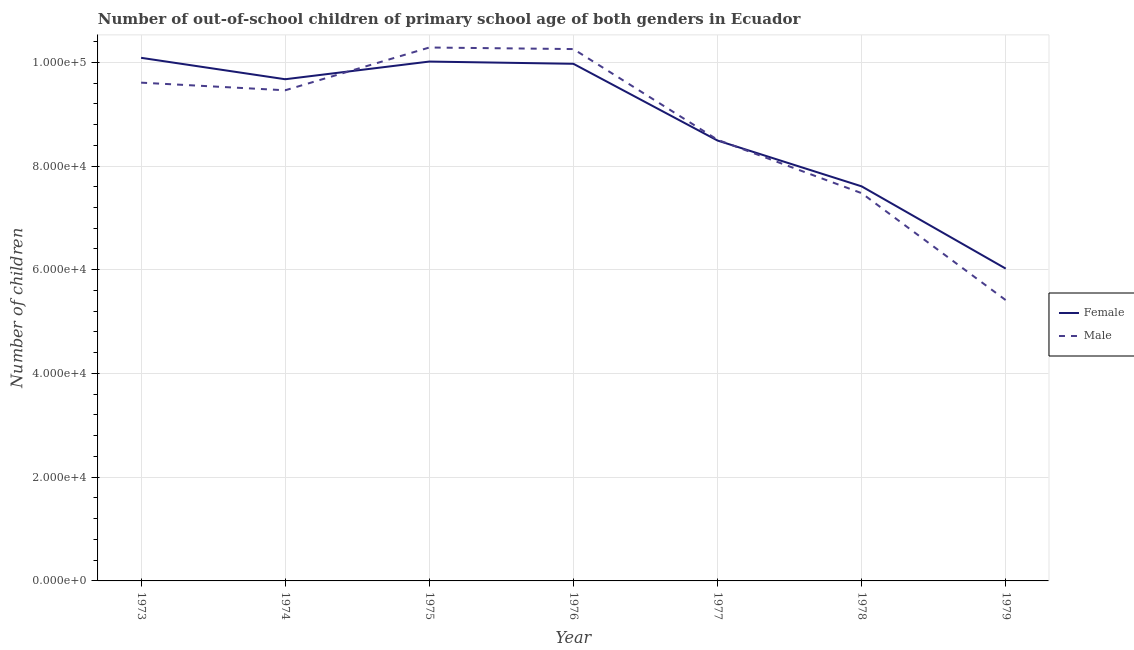
| Year | Female | Male |
 | --- | --- | --- |
 | 1973 | 1.01e+05 | 9.61e+04 |
 | 1974 | 9.67e+04 | 9.46e+04 |
 | 1975 | 1e+05 | 1.03e+05 |
 | 1976 | 9.97e+04 | 1.03e+05 |
 | 1977 | 8.49e+04 | 8.51e+04 |
 | 1978 | 7.61e+04 | 7.48e+04 |
 | 1979 | 6.02e+04 | 5.41e+04 |